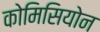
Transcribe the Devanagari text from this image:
कोमिसियोन